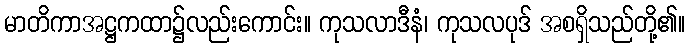
မာတိကာအဋ္ဌကထာ၌လည်းကောင်း။ ကုသလာဒီနံ၊ ကုသလပုဒ် အစရှိသည်တို့၏။